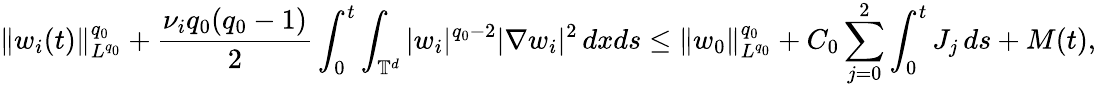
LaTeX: \| w_{i}(t)\| _{L^{q_{0}}}^{q_{0}}+\frac{\nu_{i}q_{0}(q_{0}-1)}{2}\int_{0}^{t}\int_{\mathbb{T}^{d}}|w_{i}|^{q_{0}-2}|\nabla w_{i}|^{2}\, dxds\leq\| w_{0}\| _{L^{q_{0}}}^{q_{0}}+C_{0}\sum_{j=0}^{2}\int_{0}^{t}J_{j}\, ds+M(t),